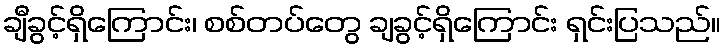
ချီခွင့်ရှိကြောင်း၊ စစ်တပ်တွေ ချခွင့်ရှိကြောင်း ရှင်းပြသည်။